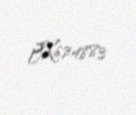
JX624883